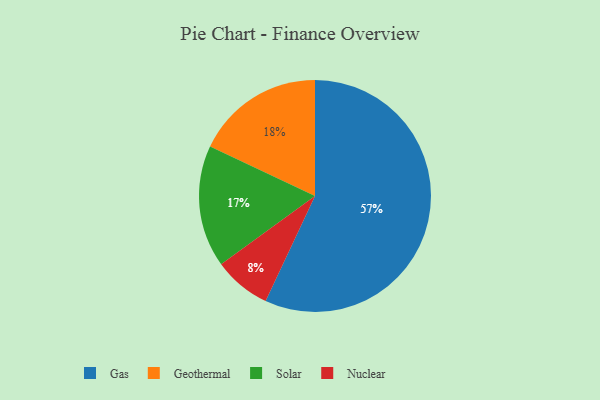
{"axis": {"x": "Category", "y": "Percentage"}, "legend": ["Gas", "Geothermal", "Nuclear", "Solar"], "data": [{"x": "Geothermal", "y": 18, "type": "Geothermal"}, {"x": "Solar", "y": 17, "type": "Solar"}, {"x": "Nuclear", "y": 8, "type": "Nuclear"}, {"x": "Gas", "y": 57, "type": "Gas"}]}